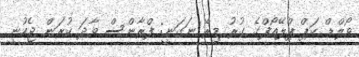
ވޯލްޑް ކަޕް ޕްލޭއޯފްގެ ގުރު މިރޭ ނަގަނީ: ފްރާންސް ވާދަ ކުރަން ޖެހުނީ